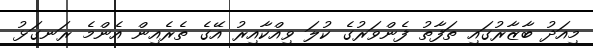
މިއަދު ބާޒާރުގައި ތަފާތު ފެންވަރުގެ ކުލަ ވިއްކާއިރު އޭގެ ތެރެއިން އެންމެ ރަނގަޅު